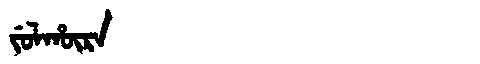
Manchu: ᠵᡠᠯᡥᡡᡵᠠ
Romanization: JULHŪRA